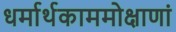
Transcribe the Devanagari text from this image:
धर्मार्थकाममोक्षाणां